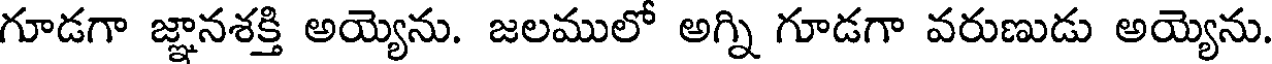
గూడగా జ్ఞానశక్తి అయ్యెను. జలములో అగ్ని గూడగా వరుణుడు అయ్యెను.